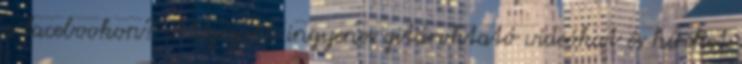
a facebookon? A legújabb ingyenes gitároktató videókat és híreket